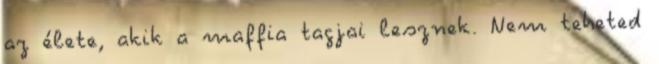
az élete, akik a maffia tagjai lesznek. Nem teheted